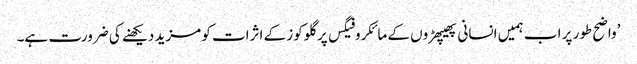
’واضح طور پر اب ہمیں انسانی پھیپھڑوں کے مائکروفیگس پر گلوکوز کے اثرات کو مزید دیکھنے کی ضرورت ہے۔